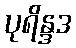
ပုရိန္ဒဒ